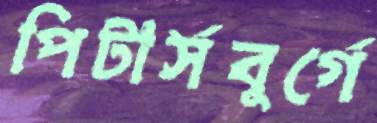
পিটার্সবুর্গে